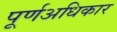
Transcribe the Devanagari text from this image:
पूर्णअधिकार